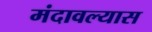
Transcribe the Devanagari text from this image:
मंदावल्यास